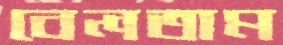
বেলতাম